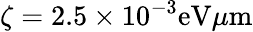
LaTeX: \zeta=2.5\times 10^{-3}\mathrm{eV}\mu\mathrm{m}